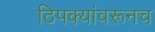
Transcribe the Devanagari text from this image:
ठिपक्यांवरूनच